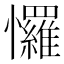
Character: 㦬